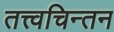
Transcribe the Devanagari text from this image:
तत्त्वचिन्तन